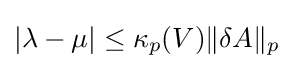
|\lambda -\mu |\leq \kappa _{p}(V)\|\delta A\|_{p}